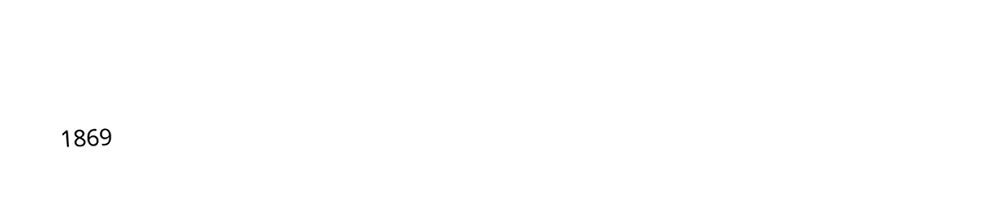

1869